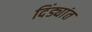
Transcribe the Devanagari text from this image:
दिंड्यांत